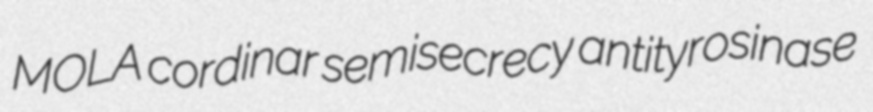
MOLA cordinar semisecrecy antityrosinase